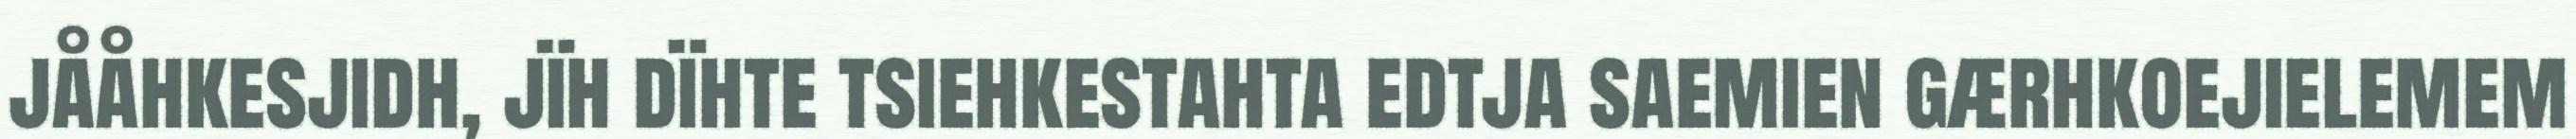
jååhkesjidh, jïh dïhte tsiehkestahta edtja saemien gærhkoejielemem